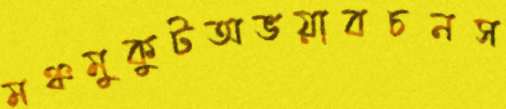
মঞ্চমুকুটঅভয়াবচনস